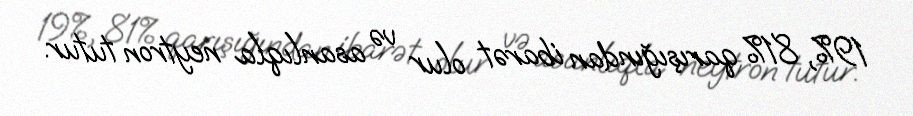
19%, 81% qarışığından ibarət olur və asanlıqla neytron tutur.